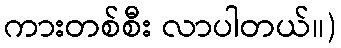
ကားတစ်စီး လာပါတယ်။)